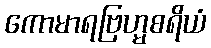
ကောမာရဗြဟ္မစရိယံ